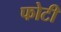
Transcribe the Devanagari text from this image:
फोटी